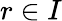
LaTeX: r\in I